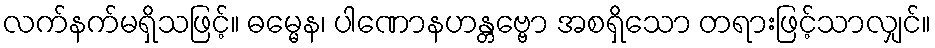
လက်နက်မရှိသဖြင့်။ ဓမ္မေန၊ ပါဏောနဟန္တဗ္ဗော အစရှိသော တရားဖြင့်သာလျှင်။